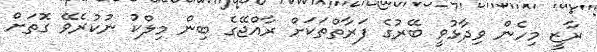
ރާޒީ މިހެން ވިދާޅުވީ ބޭރުގެ ފަރާތްތަކަށް ރާއްޖޭގެ ބިން މިލްކު ނުކުރެވޭ ގޮތަށް